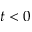
t < 0